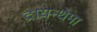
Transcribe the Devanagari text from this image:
द्रायन्थेमा